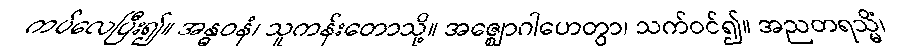
ကပ်လေပြီး၍။ အန္ဓဝနံ၊ သူကန်းတောသို့။ အဇ္ဈောဂါဟေတွာ၊ သက်ဝင်၍။ အညတရသ္မိံ၊